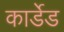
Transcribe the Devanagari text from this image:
कार्डेड